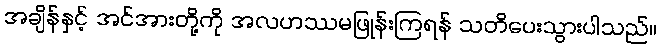
အချိန်နှင့် အင်အားတို့ကို အလဟဿမဖြုန်းကြရန် သတိပေးသွားပါသည်။